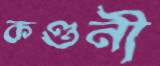
কণ্ডনী